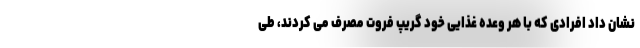
نشان داد افرادی که با هر وعده غذایی خود گریپ فروت مصرف می کردند، طی